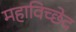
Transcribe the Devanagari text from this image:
महाविच्छेद